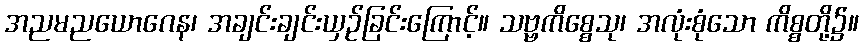
အညမညယောဂေန၊ အချင်းချင်းယှဉ်ခြင်းကြောင့်။ သဗ္ဗကိစ္စေသု၊ အလုံးစုံသော ကိစ္စတို့၌။